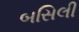
બસિલી